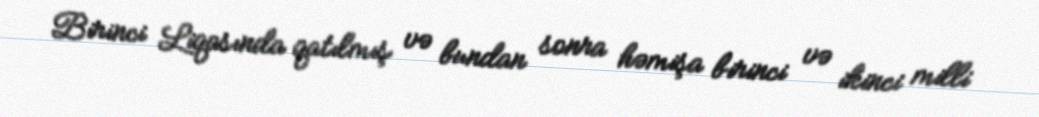
Birinci Liqasında qatılmış və bundan sonra həmişa birinci və ikinci milli